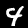
Digit: 4